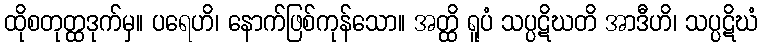
ထိုစတုတ္ထဒုက်မှ။ ပရေဟိ၊ နောက်ဖြစ်ကုန်သော။ အတ္ထိ ရူပံ သပ္ပဋိဃတိ အာဒီဟိ၊ သပ္ပဋိဃံ